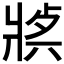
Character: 𤖈